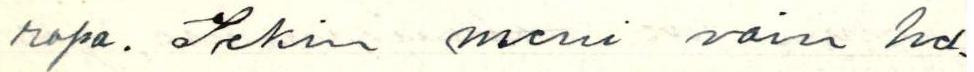
ropa. Sekin meni vain hel-